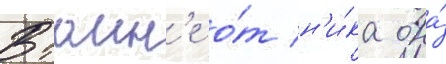
Втаин'е о́т н'и́ка она́